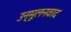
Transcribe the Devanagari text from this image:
उन्मूलनवाद